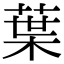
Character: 葉